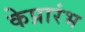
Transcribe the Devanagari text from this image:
केप्रारंभ